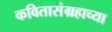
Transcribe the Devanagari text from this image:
कवितासंग्रहाच्या